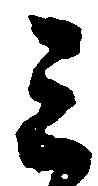
ミ